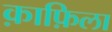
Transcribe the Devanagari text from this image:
क़ाफ़िला